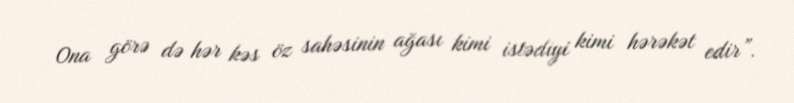
Ona görə də hər kəs öz sahəsinin ağası kimi istədiyi kimi hərəkət edir”.